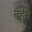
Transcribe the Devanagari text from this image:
तृहेने